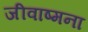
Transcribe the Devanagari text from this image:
जीवाष्मना